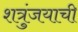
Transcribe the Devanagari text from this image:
शत्रुंजयाची